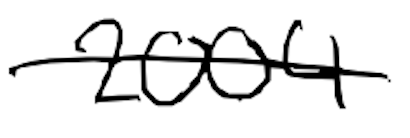
Text: 2004
Cross-out: single-line
Writing tool: digital_black